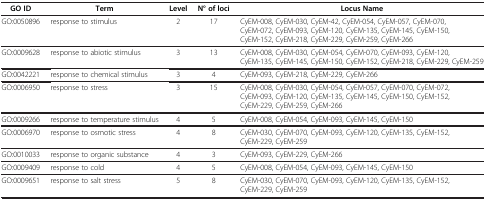
<table><thead><tr><td><b>GO ID</b></td><td><b>Term</b></td><td><b>Level</b></td><td><b>N° of loci</b></td><td><b>Locus Name</b></td></tr></thead><tbody><tr><td>GO:0050896</td><td>response to stimulus</td><td>2</td><td>17</td><td>CyEM-008, CyEM-030, CyEM-42, CyEM-054, CyEM-057, CyEM-070, CyEM-072, CyEM-093, CyEM-120, CyEM-135, CyEM-145, CyEM-150, CyEM-152, CyEM-218, CyEM-229, CyEM-259, CyEM-266</td></tr><tr><td>GO:0009628</td><td>response to abiotic stimulus</td><td>3</td><td>13</td><td>CyEM-008, CyEM-030, CyEM-054, CyEM-070, CyEM-093, CyEM-120, CyEM-135, CyEM-145, CyEM-150, CyEM-152, CyEM-218, CyEM-229, CyEM-259</td></tr><tr><td>GO:0042221</td><td>response to chemical stimulus</td><td>3</td><td>4</td><td>CyEM-093, CyEM-218, CyEM-229, CyEM-266</td></tr><tr><td>GO:0006950</td><td>response to stress</td><td>3</td><td>15</td><td>CyEM-008, CyEM-030, CyEM-054, CyEM-057, CyEM-070, CyEM-072, CyEM-093, CyEM-120, CyEM-135, CyEM-145, CyEM-150, CyEM-152, CyEM-229, CyEM-259, CyEM-266</td></tr><tr><td>GO:0009266</td><td>response to temperature stimulus</td><td>4</td><td>5</td><td>CyEM-008, CyEM-054, CyEM-093, CyEM-145, CyEM-150</td></tr><tr><td>GO:0006970</td><td>response to osmotic stress</td><td>4</td><td>8</td><td>CyEM-030, CyEM-070, CyEM-093, CyEM-120, CyEM-135, CyEM-152, CyEM-229, CyEM-259</td></tr><tr><td>GO:0010033</td><td>response to organic substance</td><td>4</td><td>3</td><td>CyEM-093, CyEM-229, CyEM-266</td></tr><tr><td>GO:0009409</td><td>response to cold</td><td>4</td><td>5</td><td>CyEM-008, CyEM-054, CyEM-093, CyEM-145, CyEM-150</td></tr><tr><td>GO:0009651</td><td>response to salt stress</td><td>5</td><td>8</td><td>CyEM-030, CyEM-070, CyEM-093, CyEM-120, CyEM-135, CyEM-152, CyEM-229, CyEM-259</td></tr></tbody></table>